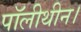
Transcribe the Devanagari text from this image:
पॉलीथीन।